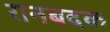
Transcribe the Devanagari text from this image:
रानबदक